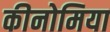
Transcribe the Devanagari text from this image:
कीनोमिया